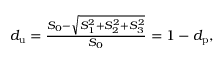
\begin{array} { r } { d _ { \mathrm { u } } = \frac { S _ { 0 } - \sqrt { S _ { 1 } ^ { 2 } + S _ { 2 } ^ { 2 } + S _ { 3 } ^ { 2 } } } { S _ { 0 } } = 1 - d _ { \mathrm { p } } , } \end{array}